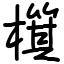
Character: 檱